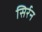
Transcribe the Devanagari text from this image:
सिर्रन